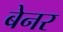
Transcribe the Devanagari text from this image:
बेनर